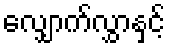
လျှောက်လွှာနှင့်